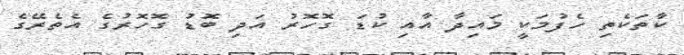
ކާތަކެތި ހެފުމަކީ މައިދާ އާއި ކުޑަ ގޮހޮރު އަދި ބޮޑު ގޮހޮރުގެ އެތެރޭގެ